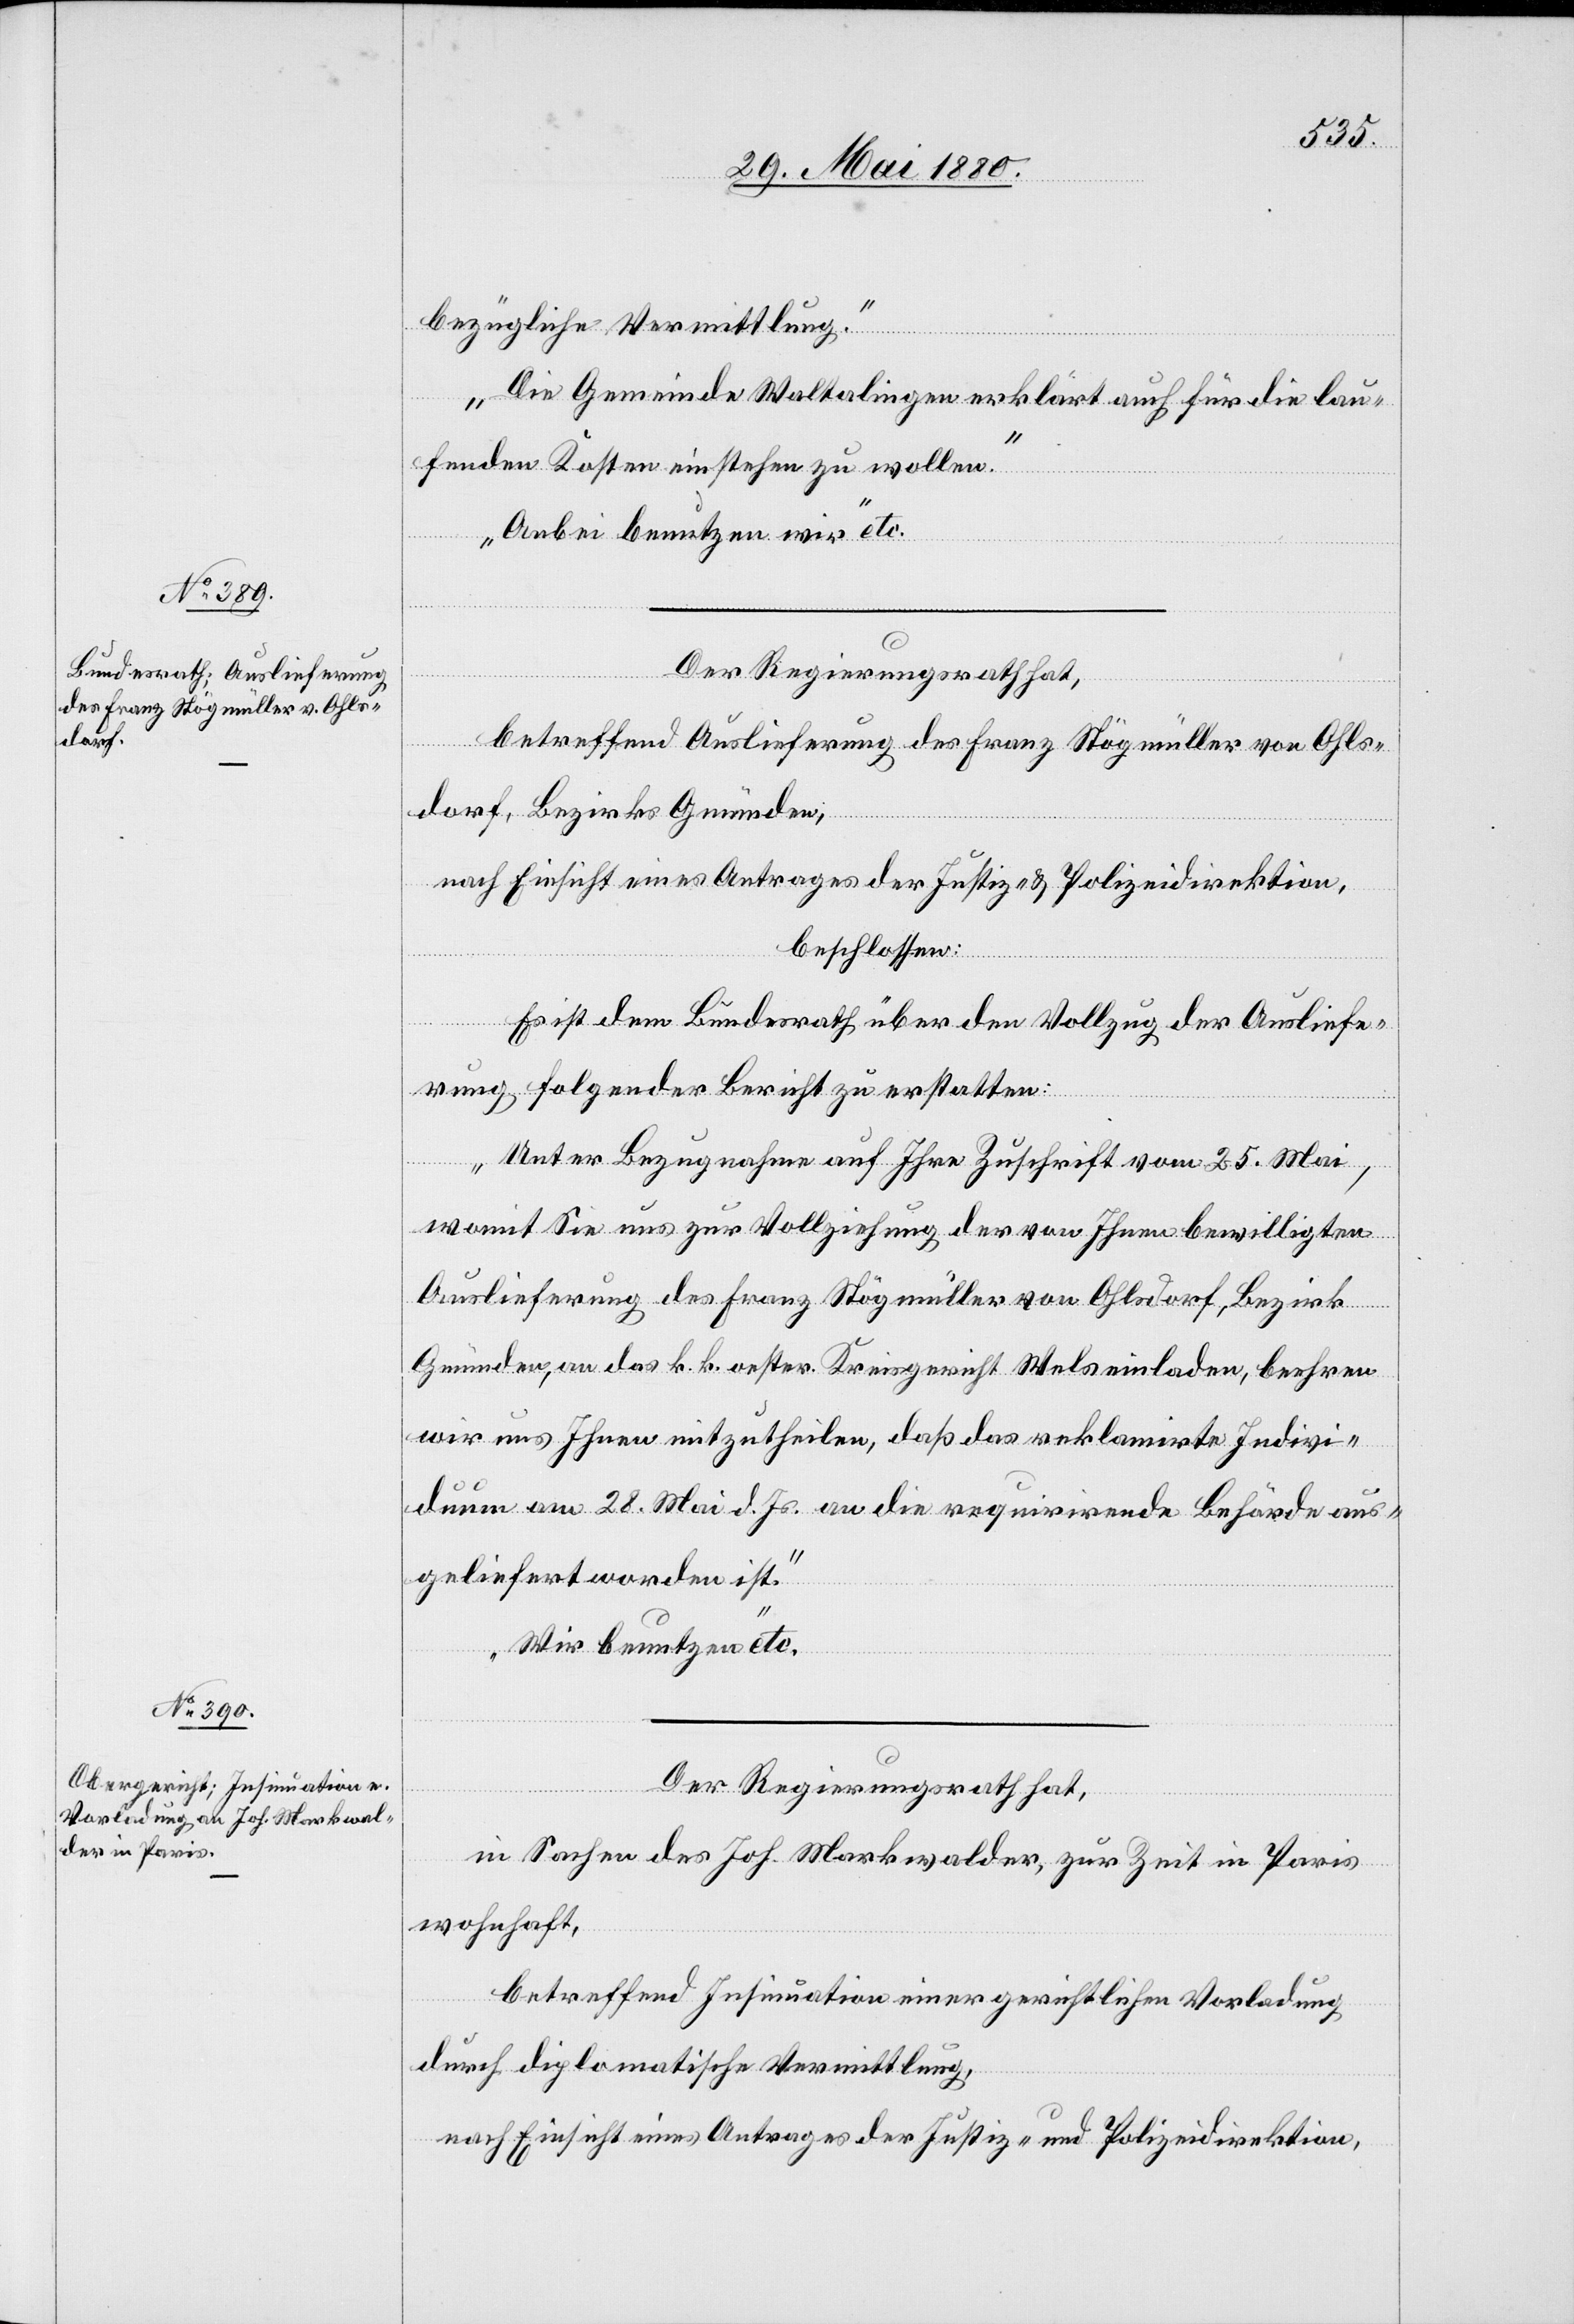
bezügliche Vermittlung.
Die Gemeinde Waltalingen erklärt auch für die lau¬
fenden Kosten einstehen zu wollen.
Anbei benutzen wir“ etc.
Der Regierungsrath hat,
betreffend Auslieferung des Franz Stögmüller von Ohls¬
dorf, Bezirks Gmünden,
nach Einsicht eines Antrages der Justiz- & Polizeidirektion,
beschlossen:
Es ist dem Bundesrath über den Vollzug der Ausliefe¬
rung folgender Bericht zu erstatten:
Unter Bezugnahme auf Ihre Zuschrift vom 25. Mai,
womit Sie uns zur Vollziehung der von Ihnen bewilligten
Auslieferung des Franz Stögmüller von Ohlsdorf, Bezirk
Gmünden, an das k. k. oester. Kreisgericht Wels einladen, beehren
wir uns Ihnen mitzutheilen, daß das reklamirte Indivi¬
duum am 28. Mai d. Js. an die requirirende Behörde aus¬
geliefert worden ist.
Wir benutzen“ etc.
Der Regierungsrath hat,
in Sachen des Joh. Markwalder, zur Zeit in Paris
wohnhaft,
betreffend Insinuation einer gerichtlichen Vorladung
durch diplomatische Vermittlung,